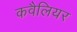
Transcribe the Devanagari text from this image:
कवैलियर